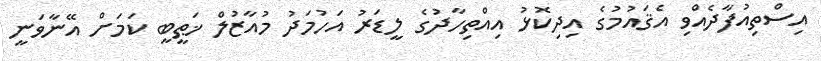
އިސްތިއުފާދެއްވި އެޤައުމުގެ އިދިކޮޅު އިއްތިހާދުގެ ލީޑަރު އަހުމަދު މުއާޒުލް ޚަޠީބީ ކަމަށް އޭނާވަނީ